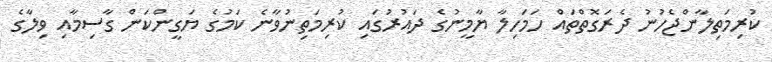
ކުރިމަތިލާންޖެހުނު ދެރަގޮތްތައް ހަމަހިލާ ޔާމީނުގެ ދައުރުގައި ކުރިމަތިނުވާނެ ކަމުގެ ޔަގީންކަން ގާސިމާއި ވިލާގެ